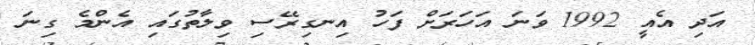
އަދި އެއީ 1992 ވަނަ އަހަރަށް ފަހު އިނގިރޭސި ވިލާތުގައި އެންމެ ގިނަ